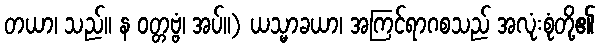
တယာ၊ သည်။ န ဝတ္တဗ္ဗံ၊ အပ်။) ယသ္မာခယာ၊ အကြင်ရာဂစသည် အလုံးစုံတို့၏